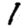
Digit: 1